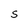
Character: S